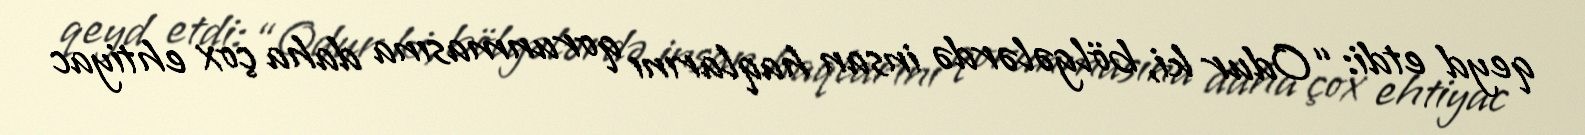
qeyd etdi: “Odur ki, bölgələrdə insan haqlarını qorunmasına daha çox ehtiyac